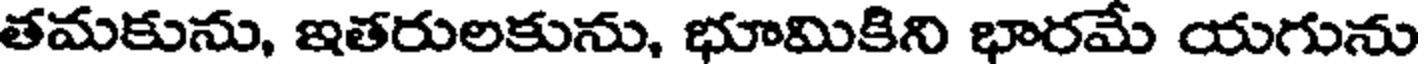
తమకును, ఇతరులకును, భూమికిని భారమే యగును